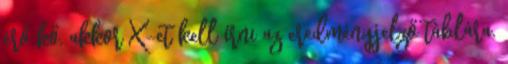
érő kő, akkor X-et kell írni az eredményjelző táblára.